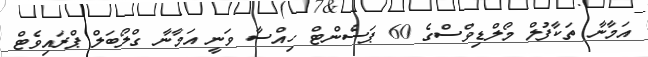
އަމާނާ ތަކާފުލް މޯލްޑިވްސްގެ 60 ޕަސެންޓް ހިއްސާ ވަނީ އަމާނާ ގްލޯބަލް ޕްރައިވެޓް